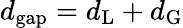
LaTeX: d_{\mathrm{gap}}=d_{\mathrm{L}}+d_{\mathrm{G}}